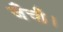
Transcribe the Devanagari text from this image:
जँची।